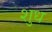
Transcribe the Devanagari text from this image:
शुध